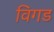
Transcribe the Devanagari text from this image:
विगड